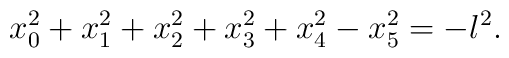
x_0^2 + x_1^2 + x_2^2 + x_3^2 + x_4^2 - x_5^2 =-l^2.